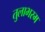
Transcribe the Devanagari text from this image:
तुलाभरम